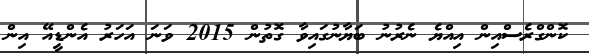
ކޮންގްރެސްއިން އިއްޔެ ނެރުނު ބަޔާނުގައިވާ ގޮތުން 2015 ވަނަ އަހަރު އެންޑީއޭ އިން